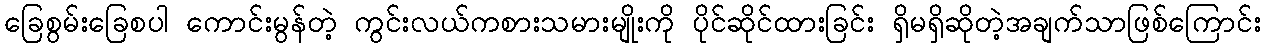
ခြေစွမ်းခြေစပါ ကောင်းမွန်တဲ့ ကွင်းလယ်ကစားသမားမျိုးကို ပိုင်ဆိုင်ထားခြင်း ရှိမရှိဆိုတဲ့အချက်သာဖြစ်ကြောင်း